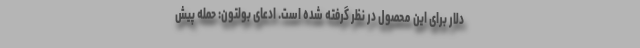
دلار برای این محصول در نظر گرفته شده است. ادعای بولتون: حمله‌ پیش